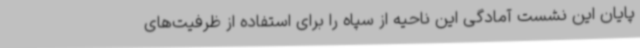
پایان این نشست آمادگی این ناحیه از سپاه را برای استفاده از ظرفیت‌های